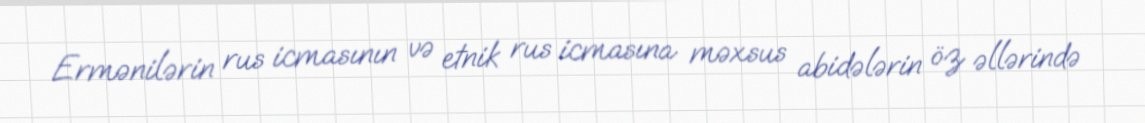
Ermənilərin rus icmasının və etnik rus icmasına məxsus abidələrin öz əllərində